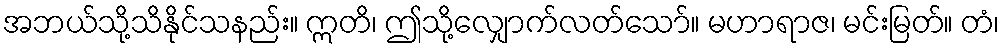
အဘယ်သို့သိနိုင်သနည်း။ ဣတိ၊ ဤသို့လျှောက်လတ်သော်။ မဟာရာဇ၊ မင်းမြတ်။ တံ၊